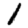
Digit: 1